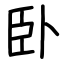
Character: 卧